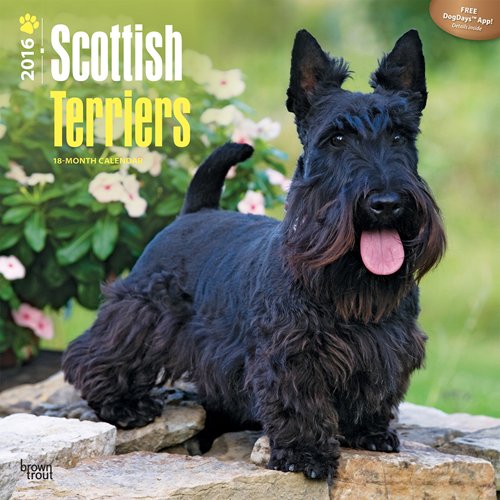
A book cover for Scottish Terriers 2016 Square 12x12; Browntrout Publishers; Calendars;